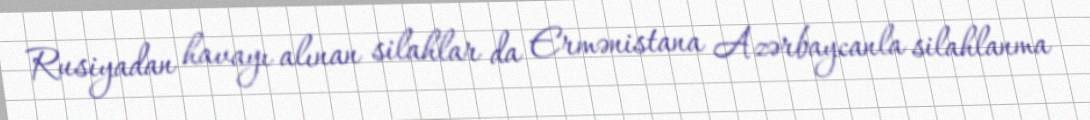
Rusiyadan havayı alınan silahlar da Ermənistana Azərbaycanla silahlanma